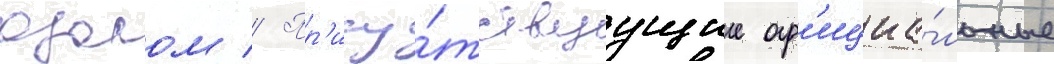
озалом // Пр'ису́тствуущие оф'ициа́льные